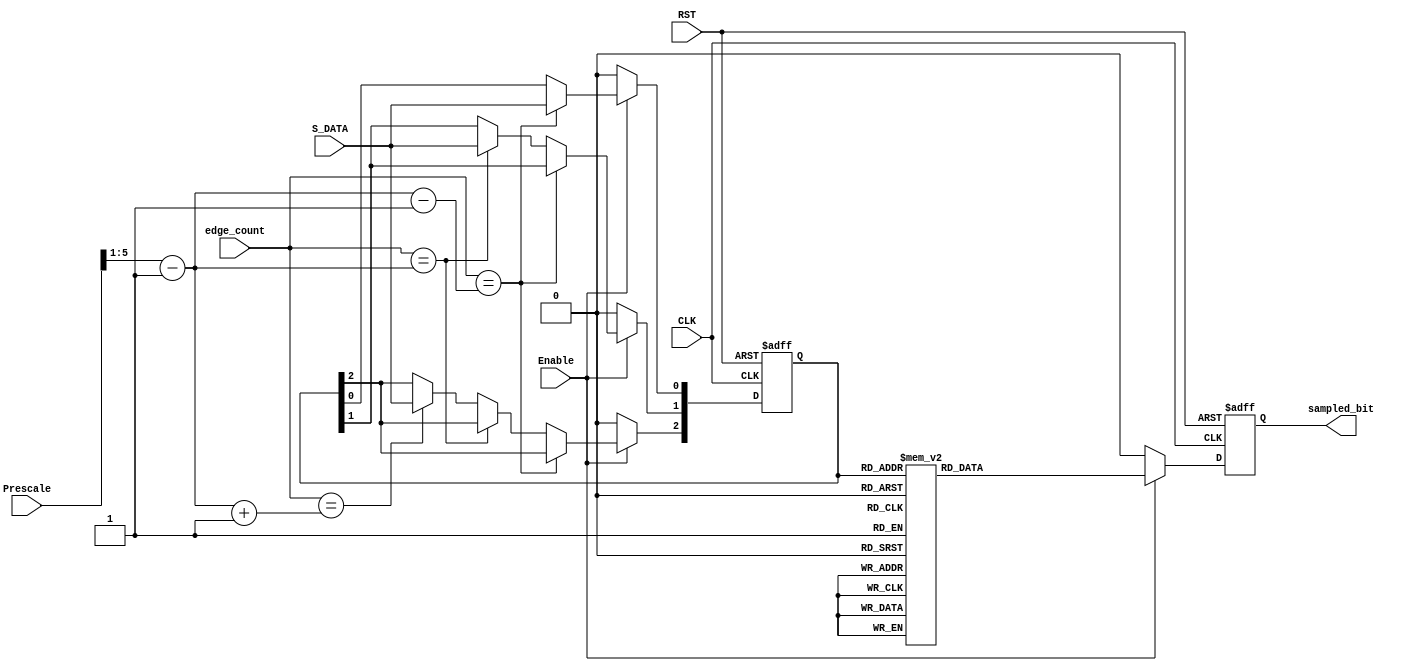

module data_sampling (
 input   wire                  CLK,
 input   wire                  RST,
 input   wire                  S_DATA,
 input   wire   [5:0]          Prescale,
 input   wire   [5:0]          edge_count,
 input   wire                  Enable, 
 output  reg                   sampled_bit
);

              
reg  [2:0]    Samples ;

wire [4:0]    half_edges ,
              half_edges_p1 ,
			  half_edges_n1 ;


assign 	half_edges    = (Prescale >> 1) - 'b1 ;
assign 	half_edges_p1 =  half_edges + 'b1 ;
assign 	half_edges_n1 =  half_edges - 'b1 ;
		  			  

always @ (posedge CLK or negedge RST)
 begin
  if(!RST)
   begin
    Samples <= 'b0 ;
   end
  else 
   begin
    if(Enable) 
	 begin
	  if(edge_count == half_edges_n1)
       begin
        Samples[0] <= S_DATA ;
       end	
      else if(edge_count == half_edges)
       begin
        Samples[1] <= S_DATA ;
       end	
      else if(edge_count == half_edges_p1)
       begin
        Samples[2] <= S_DATA ;
       end
     end
    else
     begin
      Samples <= 'b0 ;
     end 
   end	 
 end
 

//decision 
always @ (posedge CLK or negedge RST)
 begin
  if(!RST)
   begin
    sampled_bit <= 'b0 ;
   end
  else
   begin
    if(Enable) 
	 begin
      case (Samples)
      3'b000 : begin
                sampled_bit <= 1'b0 ;
               end	
      3'b001 : begin
                sampled_bit <= 1'b0 ;
               end
      3'b010 : begin
                sampled_bit <= 1'b0 ;
               end	
      3'b011 : begin
                sampled_bit <= 1'b1 ;
               end	
      3'b100 : begin
                sampled_bit <= 1'b0 ;
               end
      3'b101 : begin
                sampled_bit <= 1'b1 ;
               end	
      3'b110 : begin
                sampled_bit <= 1'b1 ;
               end
      3'b111 : begin
                sampled_bit <= 1'b1 ;
               end
      endcase
     end
    else
     begin
       sampled_bit <= 1'b0 ;
     end	 
   end
 end 


endmodule